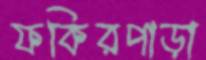
ফকিরপাড়া